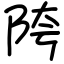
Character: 陓